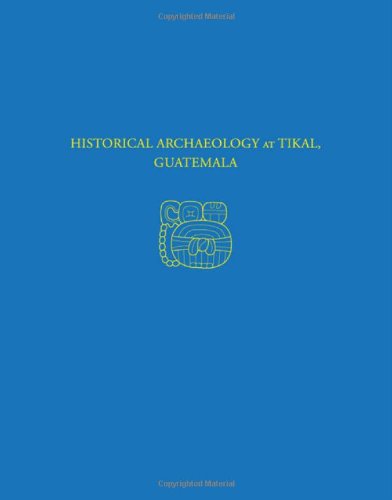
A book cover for Historical Archaeology at Tikal, Guatemala: Tikal Report 37 (University Museum Monograph); Hattula Moholy-Nagy; History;